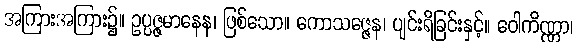
အကြားအကြား၌။ ဥပ္ပဇ္ဇမာနေန၊ ဖြစ်သော။ ကောသဇ္ဇေန၊ ပျင်းရိခြင်းနှင့်။ ဝေါကိဏ္ဏာ၊